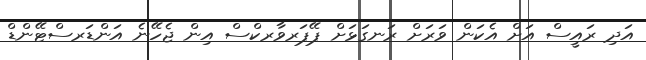
އަދި ރައީސް އަށް އެކަން ވަރަށް ރަނގަޅަށް ޕޭޕަރވާރކްސް އިން ޖެހޭނެ އަންޑަރސްޓޭންޑް